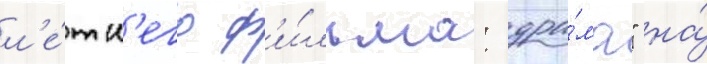
л'е́тн'его ф'и́льма: дра́ма" на́